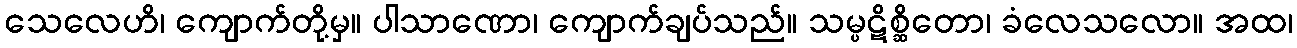
သေလေဟိ၊ ကျောက်တို့မှ။ ပါသာဏော၊ ကျောက်ချပ်သည်။ သမ္ပဋိစ္ဆိတော၊ ခံလေသလော။ အထ၊